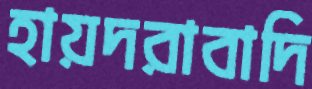
হায়দরাবাদি